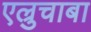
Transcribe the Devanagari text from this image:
एल्रुचाबा